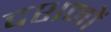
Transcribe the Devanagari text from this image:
दशनों